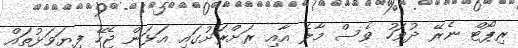
ރިޕޯޓް ނެރޭ ދުވަހު ވެސް މާލެ އާއި ރަށްރަށުގައި އަޅަން ޖެހޭ ފިޔަވަޅުތައް